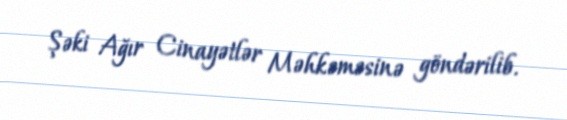
Şəki Ağır Cinayətlər Məhkəməsinə göndərilib.